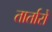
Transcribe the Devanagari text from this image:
तार्तारों